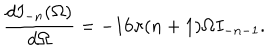
\frac { d I _ { - n } ( \Omega ) } { d \Omega } = - 1 6 \pi ( n + 1 ) \Omega I _ { - n - 1 } .